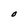
Character: O